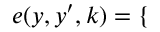
\begin{array} { r } { e ( y , y ^ { \prime } , k ) = \left\{ \begin{array} { r l } \end{array} \right. } \end{array}